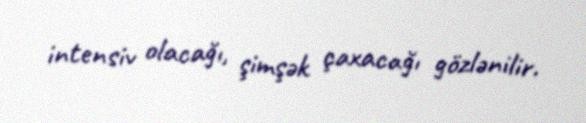
intensiv olacağı, şimşək çaxacağı gözlənilir.